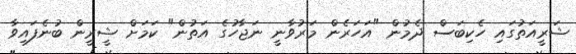
ޝަރީއަތުގައި ހެކިބަސް ދެމުން "އަހަރެން މަރުވާނީ ނަޖާހުގެ އަތުން" ކަމަށް ޝީރީން ބުނެފައިވާ